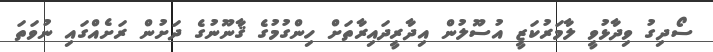
ސޯދިގު ވިދާޅުވީ ލާމަރުކަޒީ އުސޫލުން އިދާރީދައިރާތަށް ހިންގުމުގެ ޤާނޫނުގެ ދަށުން ރަށެއްގައި ނުވަތަ